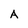
Character: A